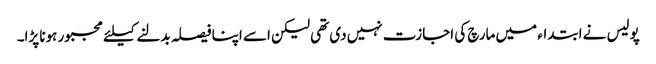
پولیس نے ابتداء میں مارچ کی اجازت نہیں دی تھی لیکن اسے اپنا فیصلہ بدلنے کیلئے مجبور ہونا پڑا۔